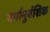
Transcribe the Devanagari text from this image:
वर्गानुवंशिक